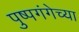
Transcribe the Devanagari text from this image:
पुष्पगंगेच्या